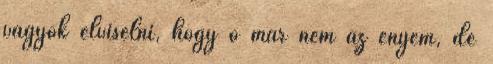
vagyok elviselni, hogy ő már nem az enyém, de